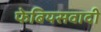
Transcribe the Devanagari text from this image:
फेबियसवादी